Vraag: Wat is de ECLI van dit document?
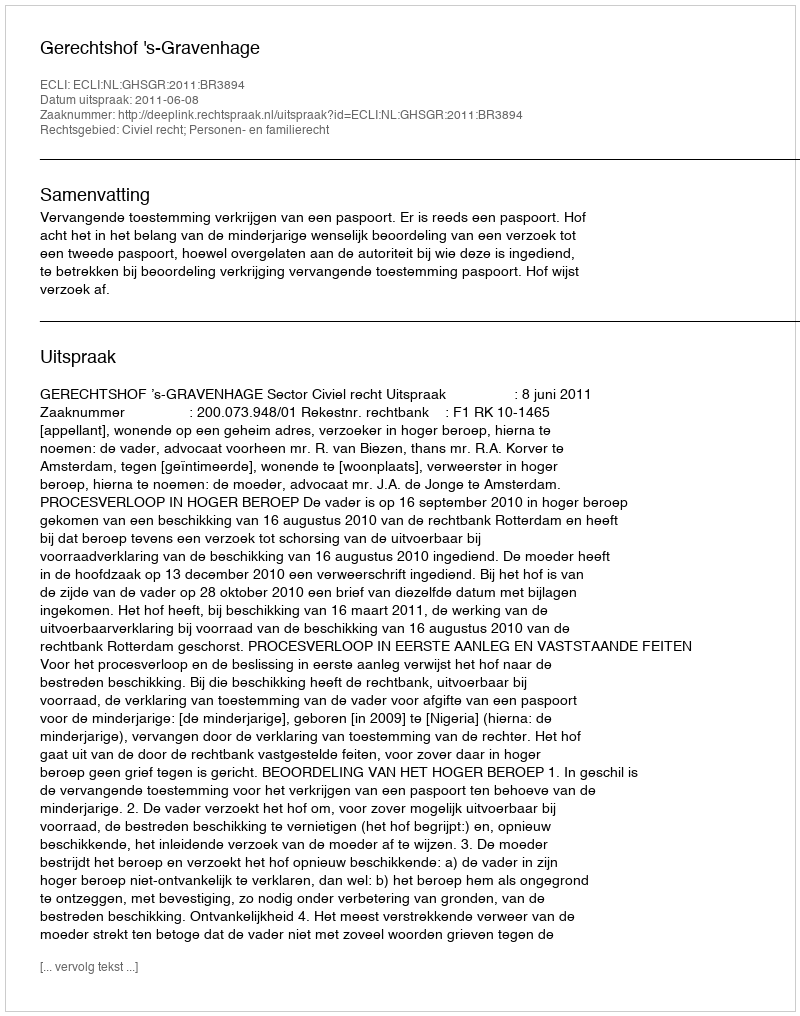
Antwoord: ECLI:NL:GHSGR:2011:BR3894